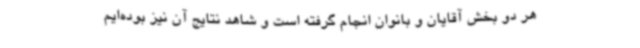
هر دو بخش آقایان و بانوان انجام گرفته است و شاهد نتایج آن نیز بوده‌ایم